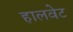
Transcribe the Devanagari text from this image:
हालवेट